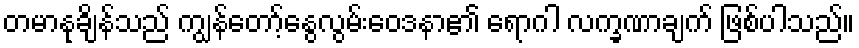
တမာနုချိန်သည် ကျွန်တော့်နွေလွမ်းဝေဒနာ၏ ရောဂါ လက္ခဏာချက် ဖြစ်ပါသည်။